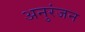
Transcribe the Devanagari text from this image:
अनुरंजन